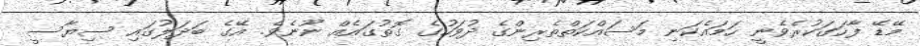
މޭޑޭ ފާހަގަކުރެވެނީ ހަމައެކަނި މަސައްކަތްތެރިންގެ ދުވަހުގެ ގޮތުގައެއް ނޫނެވެ. އޭގެ ބަދަލުގައި ސިޔާސީ